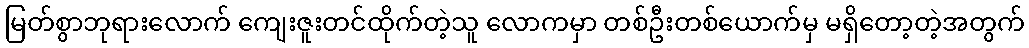
မြတ်စွာဘုရားလောက် ကျေးဇူးတင်ထိုက်တဲ့သူ လောကမှာ တစ်ဦးတစ်ယောက်မှ မရှိတော့တဲ့အတွက်